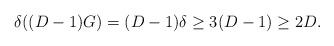
LaTeX: \begin{align*}\delta((D-1)G) = (D-1)\delta \geq 3 (D-1) \geq 2D.\end{align*}